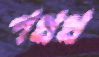
পধধ